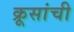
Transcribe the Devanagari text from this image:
क्रूसांची